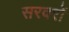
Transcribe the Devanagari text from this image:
सरवरों